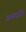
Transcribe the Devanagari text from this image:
अपवरतित